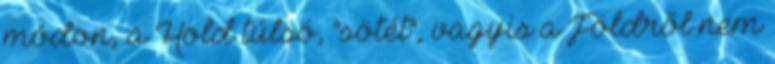
módon, a Hold túlsó, "sötét", vagyis a Földről nem